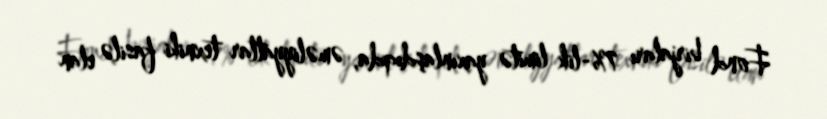
Fond birjaları 7%-lik limitə yaxınlaşdıqda, əməliyyatlar texniki fasilə elan